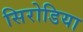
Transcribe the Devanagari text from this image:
सिरोडिया